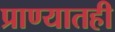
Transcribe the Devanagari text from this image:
प्राण्यातही